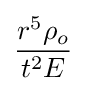
{\frac {r^{5}\rho _{o}}{t^{2}E}}